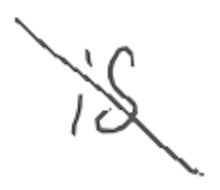
Text: is
Cross-out: diagonal
Writing tool: digital_gray